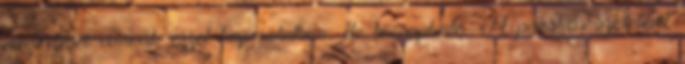
megérzései vannak ezzel kapcsolatban, de becsapható. A piroskás szerelmet